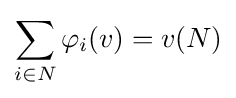
\sum _{i\in N}\varphi _{i}(v)=v(N)